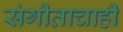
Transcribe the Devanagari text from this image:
संगीताचाही